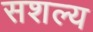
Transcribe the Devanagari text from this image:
सशल्य